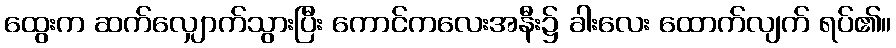
ထွေးက ဆက်လျှောက်သွားပြီး ကောင်ကလေးအနီး၌ ခါးလေး ထောက်လျက် ရပ်၏။